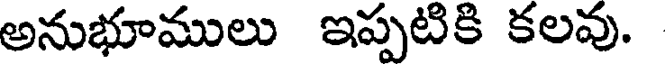
అనుభూములు ఇప్పటికి కలవు.